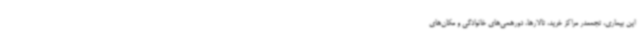
این بیماری، تجمعدر مراکز خرید، تالارها، دورهمی‌های خانوادگی و مکان‌های